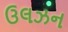
ઉલઝન